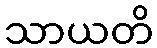
သာယတိ